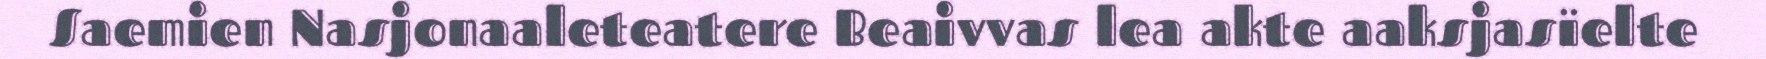
Saemien Nasjonaaleteatere Beaivvas lea akte aaksjasïelte